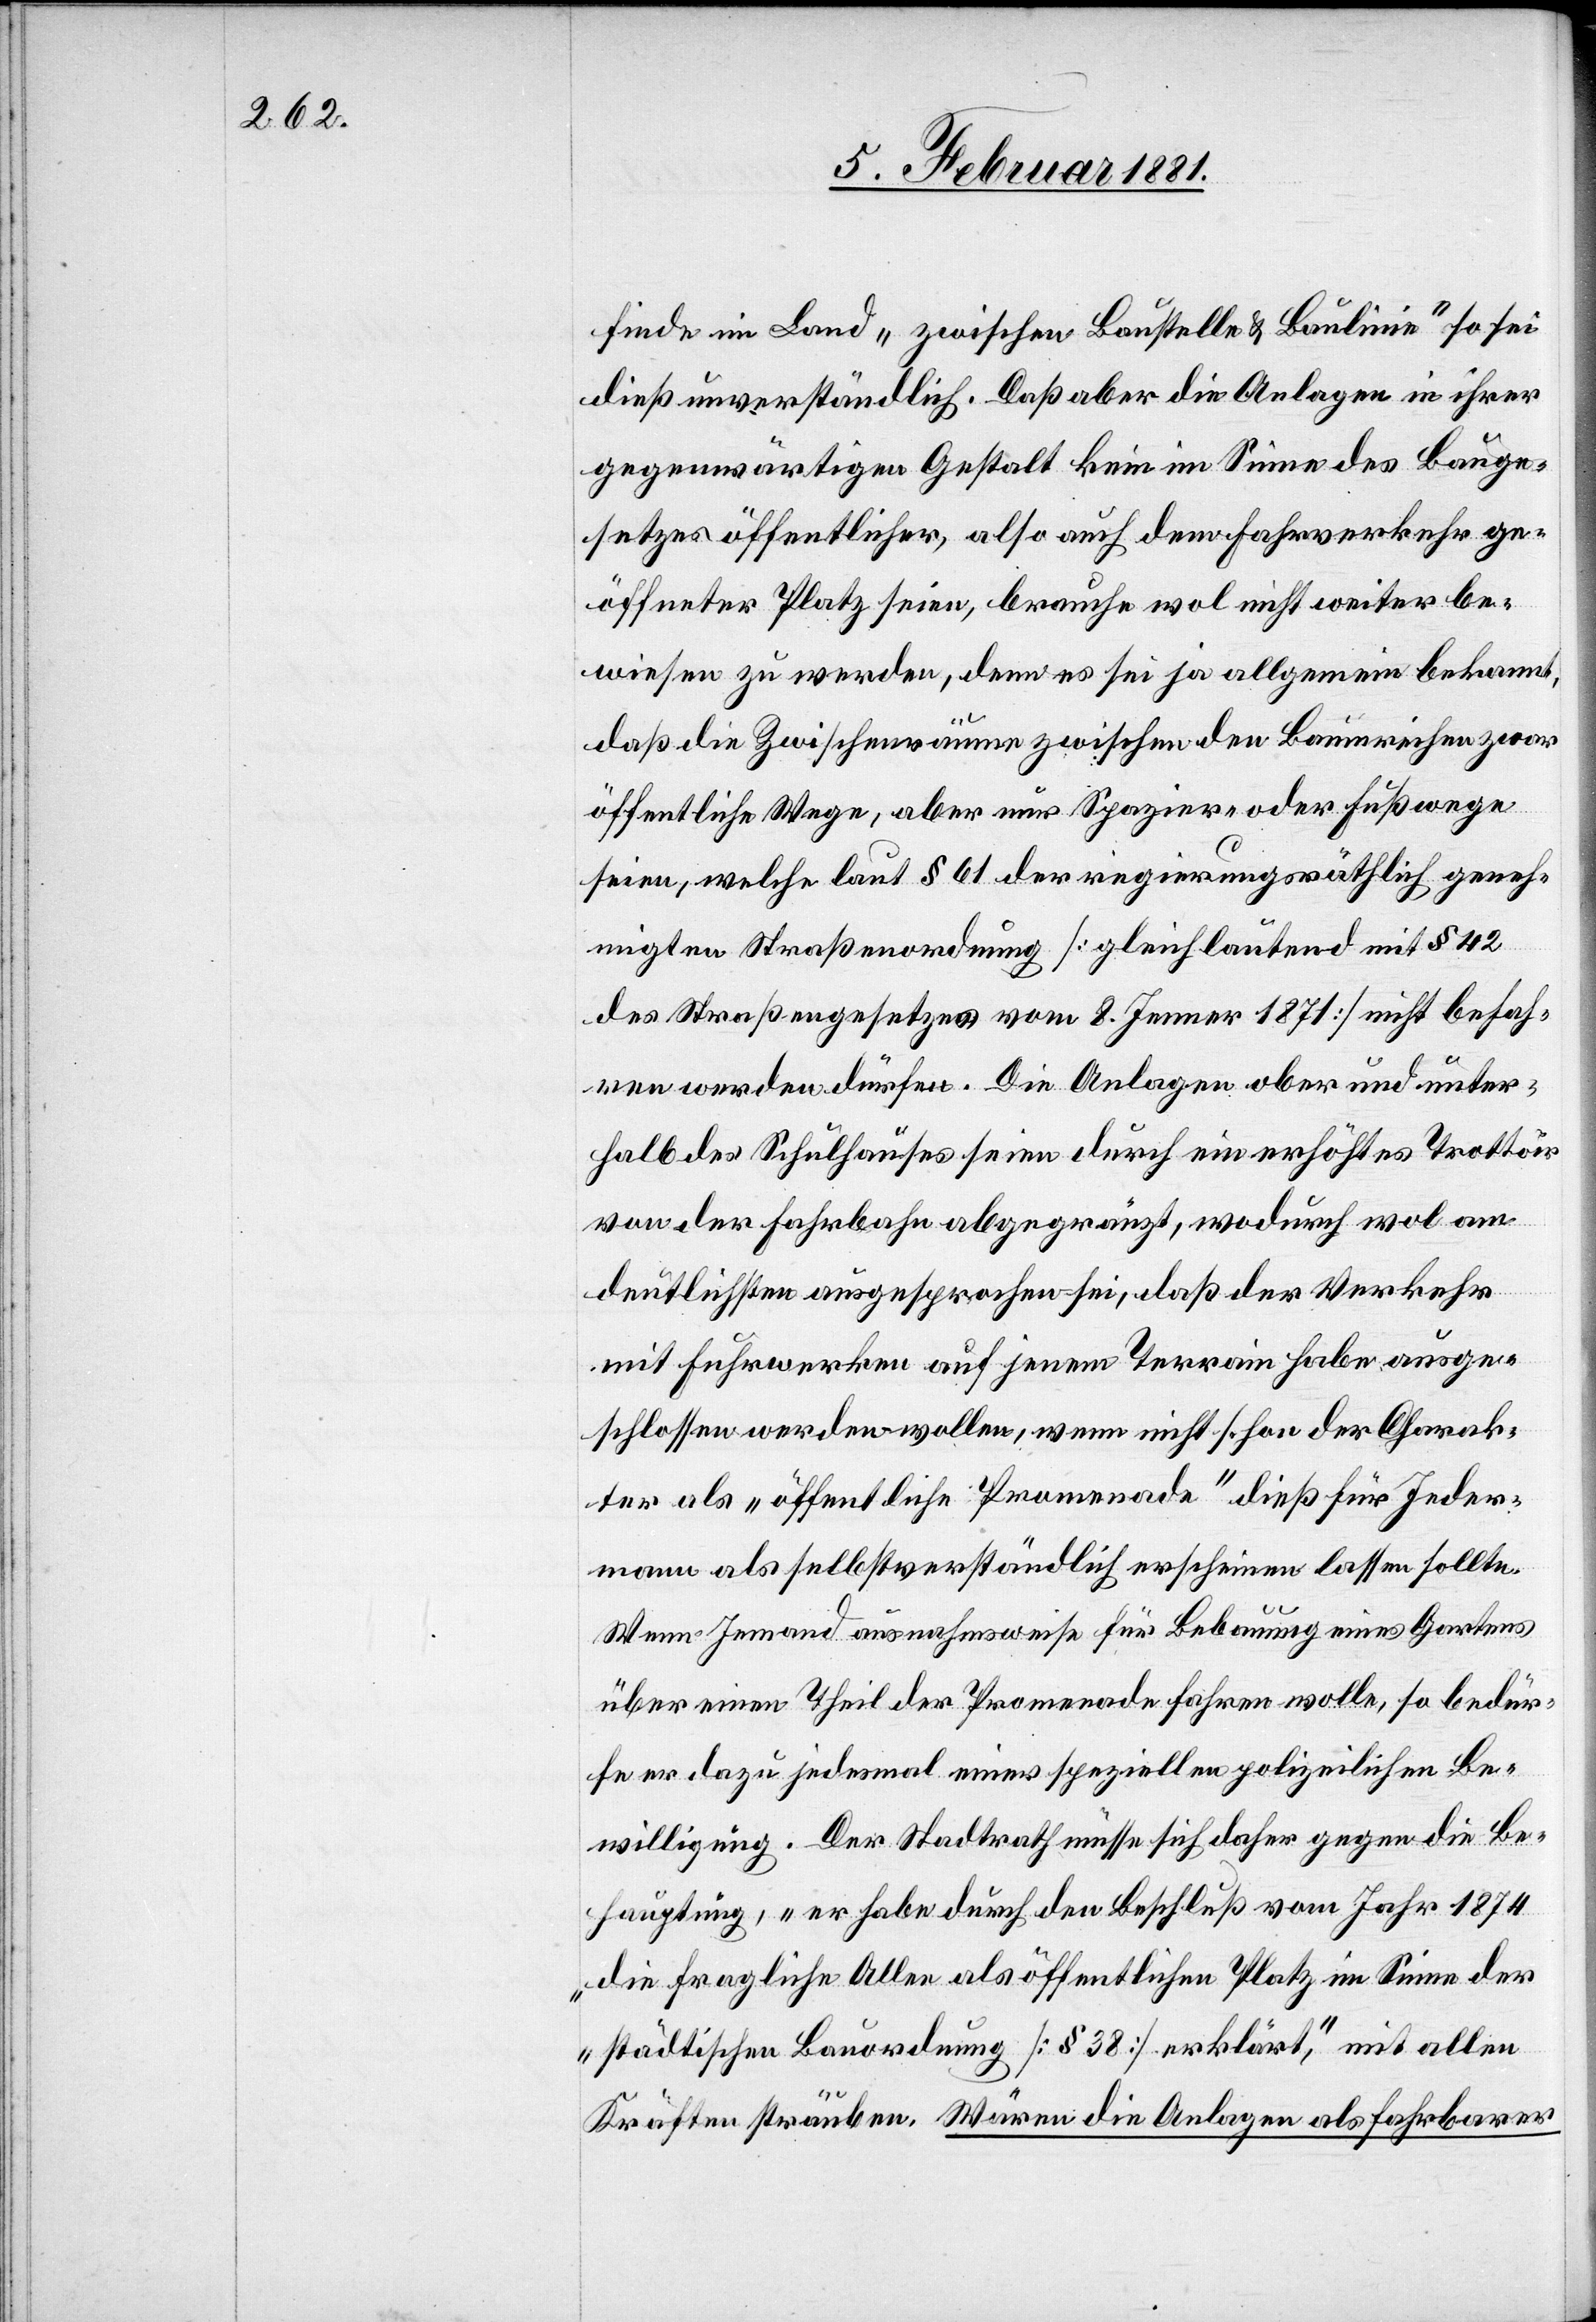
finde im Land „zwischen Baustelle & Baulinie“ so sei
dieß unverständlich. Daß aber die Anlagen in ihrer
gegenwärtigen Gestalt kein im Sinne des Bauge¬
setzes öffentlicher, also auch dem Fahrverkehr ge¬
öffneter Platz seien, brauche wol nicht weiter be¬
wiesen zu werden, denn es sei ja allgemein bekannt,
daß die Zwischenräume zwischen den Baumreihen zwar
öffentliche Wege, aber nur Spazier- oder Fußwege
seien, welche laut § 61 der regierungsräthlich geneh¬
migten Straßenordnung [gleich lautend mit § 42
des Straßengesetzes vom 8. Jenner 1871] nicht befah¬
ren werden dürfen. Die Anlagen ober[-] und unter¬
halb des Schulhauses seien durch ein erhöhtes Trottoir
von der Fahrbahn abgegränzt, wodurch wol am
deutlichsten ausgesprochen sei, daß der Verkehr
mit Fuhrwerken auf jenem Terrain habe ausge¬
schlossen werden wollen, wenn nicht schon der Charak¬
ter als „öffentliche Promenade“ dieß für Jeder¬
mann als selbstverständlich erscheinen lassen sollte.
Wenn Jemand ausnahmsweise für Bebauung eines Gartens
über einen Theil der Promenade fahren wolle, so bedür¬
fe er dazu jedesmal einer speziellen polizeilichen Be¬
willigung. Der Stadtrath müsse sich daher die Beh¬
auptung, „er habe durch den Beschluß vom Jahr 1874
„die fragliche Allee als öffentlichen Platz im Sinne der
„städtischen Bauordnung [§ 38] erklärt“, mit allen
Kräften sträuben. Wären die Anlagen als fahrbarer